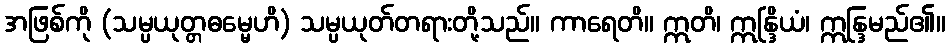
အဖြစ်ကို (သမ္ပယုတ္တဓမ္မေဟိ) သမ္ပယုတ်တရားတို့သည်။ ကာရေတိ။ ဣတိ၊ ဣန္ဒြိယံ၊ ဣန္ဒြမည်၏။